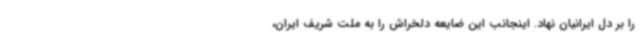
را بر دل ایرانیان نهاد. اینجانب این ضایعه دلخراش را به ملت شریف ایران،